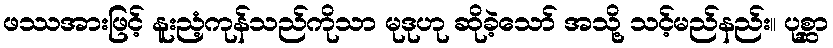
ဖဿအားဖြင့် နူးညံ့ကုန်သည်ကိုသာ မုဒုဟု ဆိုခဲ့သော် အသို့ သင့်မည်နည်း။ ပုစ္ဆာ